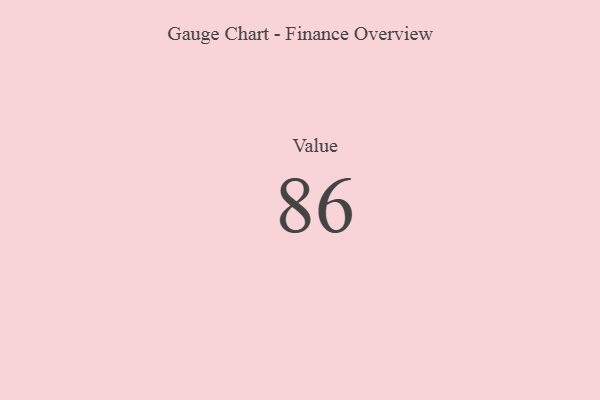
{"axis": {"x": "Metric", "y": "Value"}, "legend": [""], "data": [{"x": "Value", "y": 86, "type": ""}]}